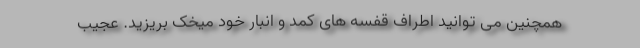
همچنین می توانید اطراف قفسه های کمد و انبار خود میخک بریزید. عجیب